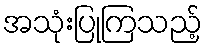
အသုံးပြုကြသည့်